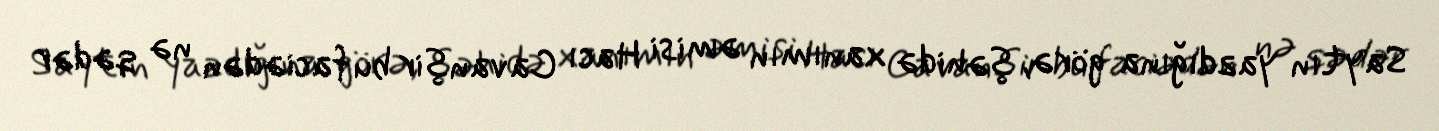
Saytın yazdığına görə, şəhidə xanımın əmisi Hacı Cavanşir bu faciədən nə qədər